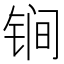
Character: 锏